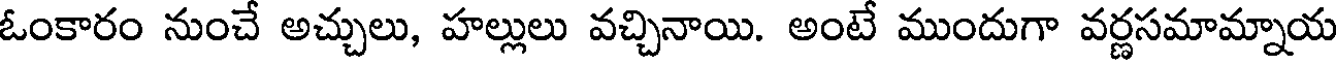
ఓంకారం నుంచే అచ్చులు, హల్లులు వచ్చినాయి. అంటే ముందుగా వర్ణసమామ్నాయ